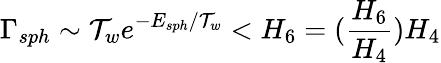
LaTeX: \Gamma_{sph}\sim\mathcal{T}_{w}e^{-E_{sph}/\mathcal{T}_{w}}<H_{6}=(\frac{{H_{6}}}{{H_{4}}})H_{4}